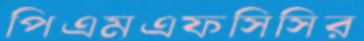
পিএমএফসিসির